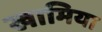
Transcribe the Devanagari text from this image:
खामिया